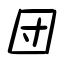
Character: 団